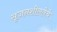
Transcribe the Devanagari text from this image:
सृजनशीलतेचे